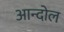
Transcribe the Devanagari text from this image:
आन्दोल